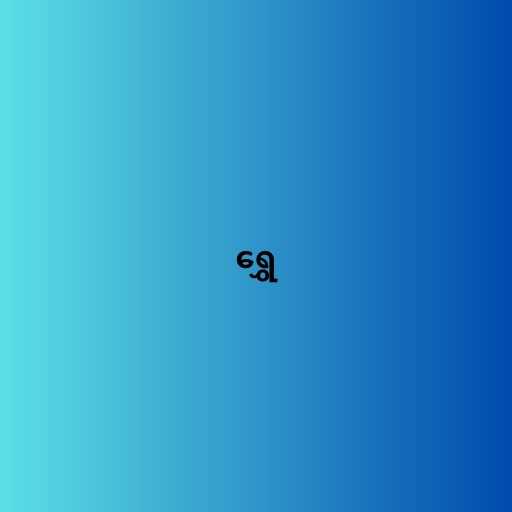
ရွှေ